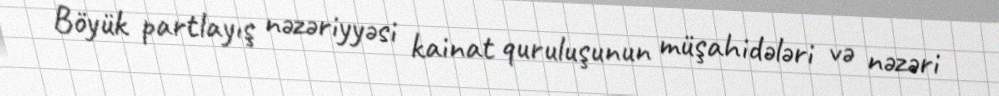
Böyük partlayış nəzəriyyəsi kainat quruluşunun müşahidələri və nəzəri